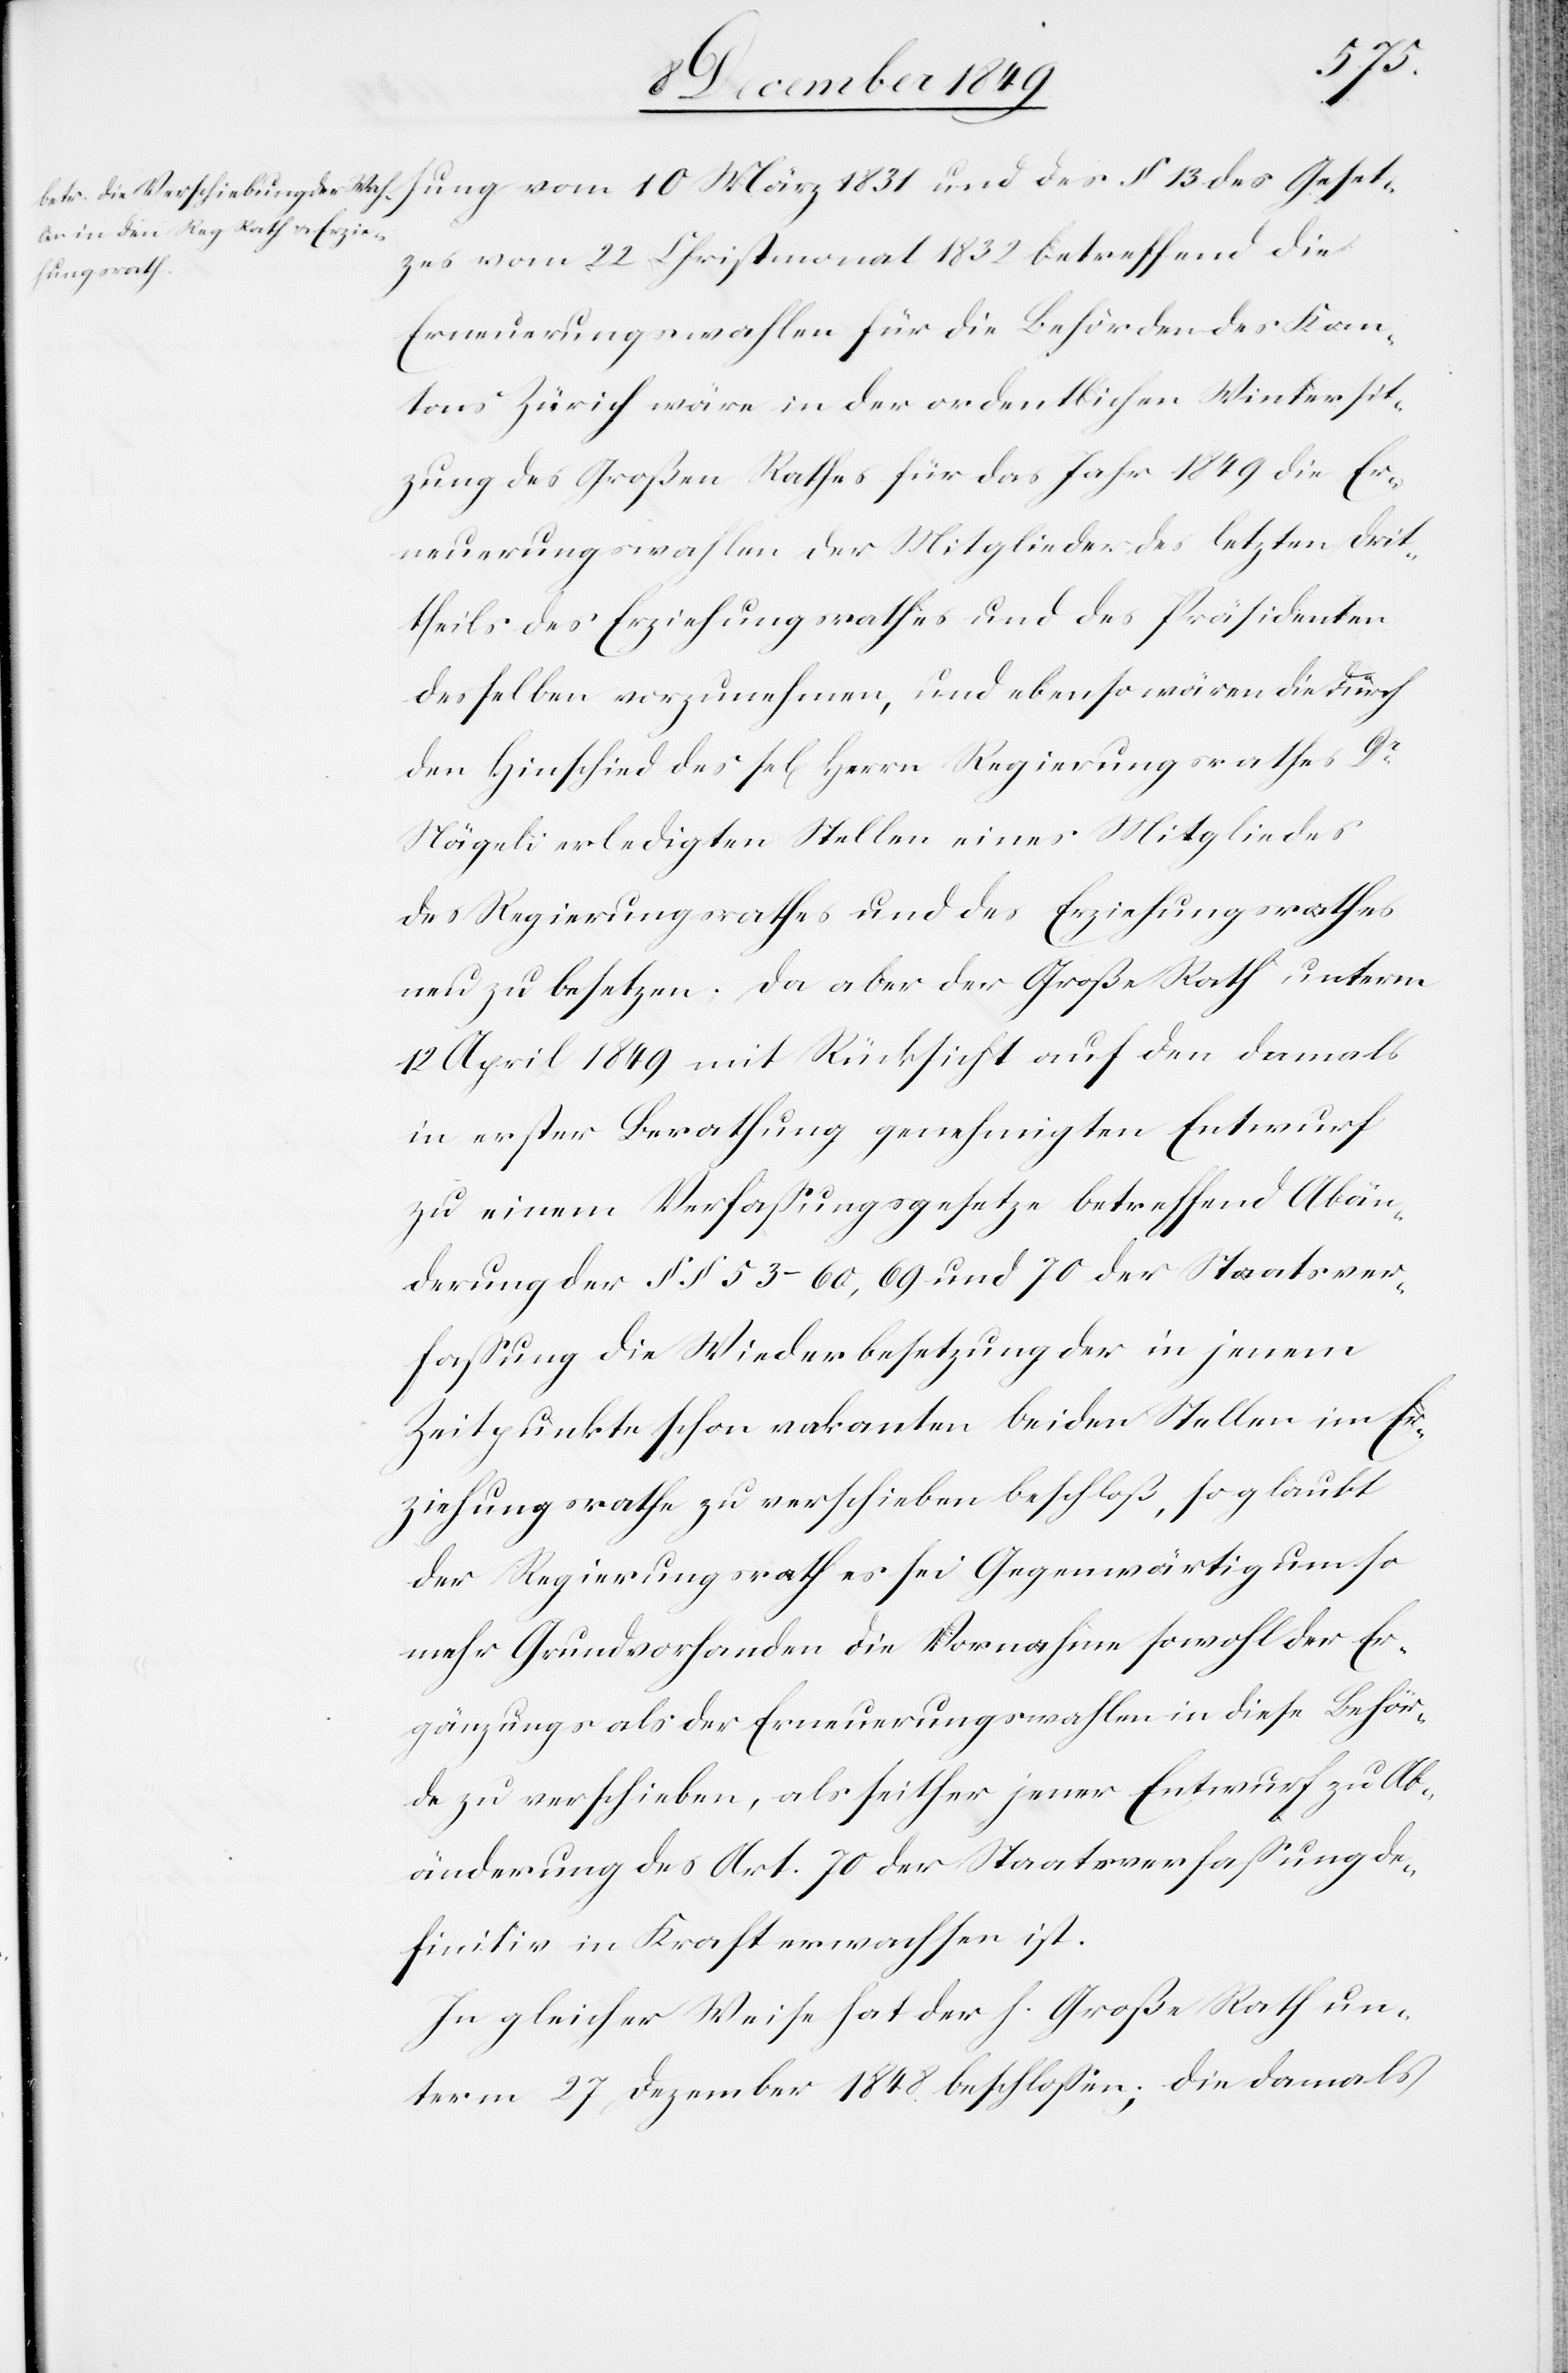
Geset¬
zes vom 22 Christmonat 1832 betreffend die
Erneuerungswahlen für die Behörden des Kan¬
tons Zürich wäre in der ordentlichen Wintersit¬
zung des Großen Rathes für das Jahr 1849 die Er¬
neuerungswahlen der Mitglieder des letzten Drit¬
theils des Erziehungsrathes und des Präsidenten
desselben vorzunehmen, und ebenso wären die durch
den Hinschied des sel[igen] Herrn Regierungsrathes Dr
Nägeli erledigten Stellen eines Mitgliedes
des Regierungsrathes und des Erziehungsrathes
neu zu besetzen. Da aber der Große Rath unterm
12 April 1849 mit Rücksicht auf den damals
in erster Berathung genehmigten Entwurf
zu einem Verfaßungsgesetze betreffend Abän¬
derung der §§ 53–60, 69 und 70 der Staatsver¬
faßung die Wiederbesetzung der in jenem
Zeitpunkte schon vakanten beiden Stellen im Er¬
ziehungsrathe zu verschieben beschloß, so glaubt
der Regierungsrath es sei Gegenwärtig um so
mehr Grund vorhanden die Vornahme sowohl der Er¬
gänzungs als der Erneuerungswahlen in diese Behör¬
de zu verschieben, als seither jener Entwurf zu Ab¬
änderung des Art. 70 der Staatsverfaßung de¬
finitiv in Kraft erwachsen ist.
In gleicher Weise hat der h. Große Rath un¬
term 27 Dezember 1848 beschloßen, die damals